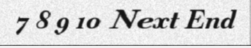
7 8 9 10 Next End